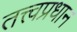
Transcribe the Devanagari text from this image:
तत्त्वप्रधान